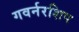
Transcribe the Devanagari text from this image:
गवर्नरशिप